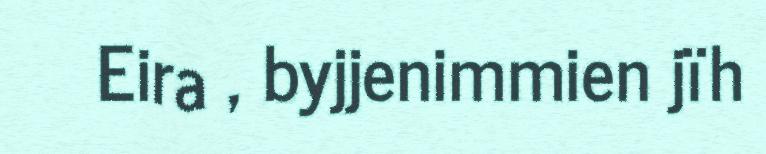
Eira , byjjenimmien jïh